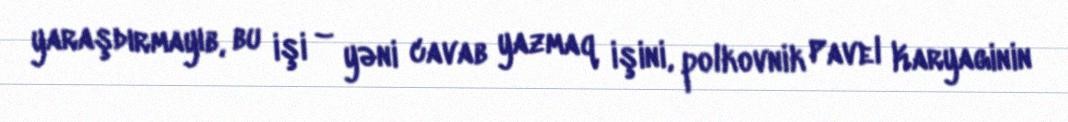
yaraşdırmayıb, bu işi – yəni cavab yazmaq işini, polkovnik Pavel Karyaginin